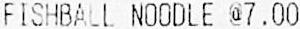
FISHBALL NOODLE @7.00